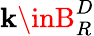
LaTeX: \mathbf{k}\inB_{R}^{D}